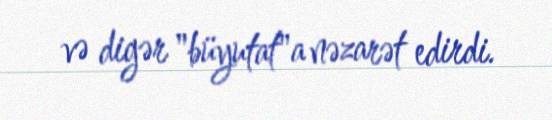
və digər "büyutat"a nəzarət edirdi.